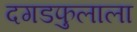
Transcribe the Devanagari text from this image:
दगडफुलाला